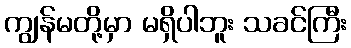
ကျွန်မတို့မှာ မရှိပါဘူး သခင်ကြီး